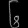
Digit: ၆